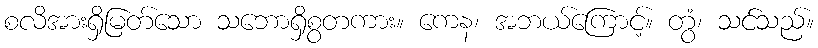
စလိအားရှိမြတ်သော သဘောရှိစွတကား။ ကေန၊ အဘယ်ကြောင့်။ တွံ၊ သင်သည်။